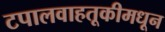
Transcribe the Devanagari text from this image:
टपालवाहतूकीमधून